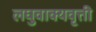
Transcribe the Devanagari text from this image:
लघुवाक्यवृत्ती